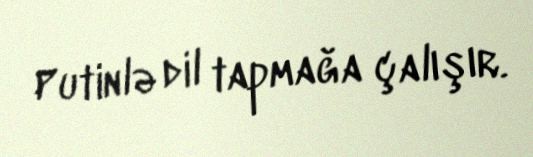
Putinlə dil tapmağa çalışır.